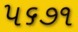
૫૬૭૧